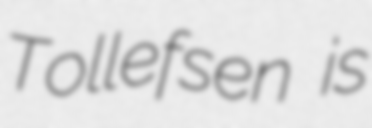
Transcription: Tollefsen is